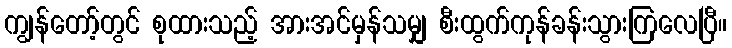
ကျွန်တော့်တွင် စုထားသည့် အားအင်မှန်သမျှ စီးထွက်ကုန်ခန်းသွားကြလေပြီ။